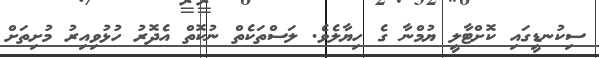
ސިކުނޑީގައި ކޮށްޓާލީ ޔުމްނާ ގެ ހިޔާލެވެ. ލަސްތަކެތް ނުކޮތް އެދޮރު ހުޅުވިއިރު މުށިތަށް